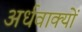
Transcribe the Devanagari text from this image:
अर्धवाक्यों